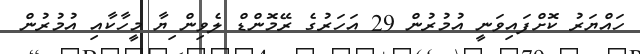
ހައްޔަރު ކޮށްފައިވަނީ އުމުރުން 29 އަހަރުގެ ރޭމޮންޑް ލެވިން ިޔާ މީހާކާއި އުމުރުން